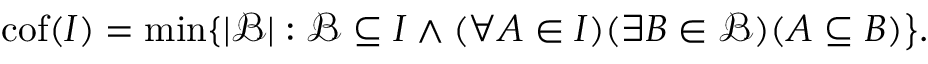
\mathrm { { c o f } } ( I ) = \operatorname* { m i n } \{ | { \mathcal { B } } | : { \mathcal { B } } \subseteq I \wedge ( \forall A \in I ) ( \exists B \in { \mathcal { B } } ) ( A \subseteq B ) { \big \} } .